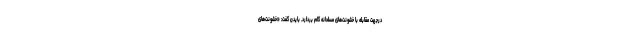
درجهت مقابله با خشونت‌های مسلحانه گام بردارد. بایدن گفت: «خشونت‌های